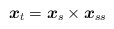
\begin{align*}\mbox{\mathversion{bold}$x$}_{t}=\mbox{\mathversion{bold}$x$}_{s}\times\mbox{\mathversion{bold}$x$}_{ss}\end{align*}